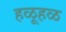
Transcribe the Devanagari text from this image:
हळूहळ